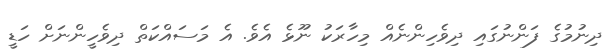
ދިނުމުގެ ފަންނުގައި ދިވެހިންނެއް މިހާރަކު ނޫޅެ އެވެ. އެ މަސައްކަތް ދިވެހީންނަށް ހަޑީ